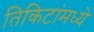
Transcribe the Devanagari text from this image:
तिकिटांमध्ये